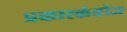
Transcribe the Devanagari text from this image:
प्रकारकंबोज